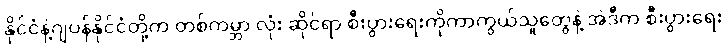
နိုင်ငံနဲ့ဂျပန်နိုင်ငံတို့က တစ်ကမ္ဘာ လုံး ဆိုင်ရာ စီးပွားရေးကိုကာကွယ်သူတွေနဲ့ အဲဒီက စီးပွားရေး